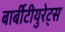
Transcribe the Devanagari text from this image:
बार्बीटीयुरेट्स